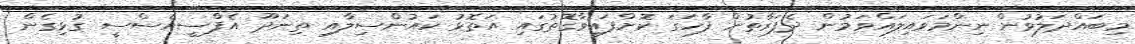
މިބައްދަލުވުން ނިންމަވައިލައްވަމުން ދެފަރާތުން ފާހަގަ ކޮށްފައިވާގޮތުގައި އަތޮޅު ކައުންސިލާއި ތިނަދޫ އެފްސީއެސްސީ ގުޅިގެން